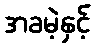
အခမဲ့နှင့်